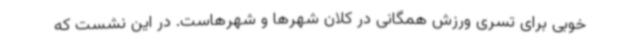
خوبی برای تسری ورزش همگانی در کلان شهرها و شهرهاست. در این نشست که